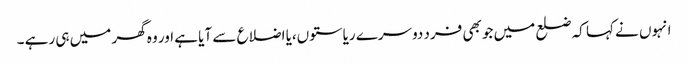
انہوں نے کہا کہ ضلع میں جو بھی فرد دوسرے ریاستوں،یا اضلاع سے آیا ہے اور وہ گھر میں ہی رہے ۔